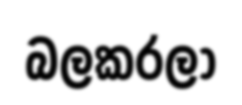
බලකරලා